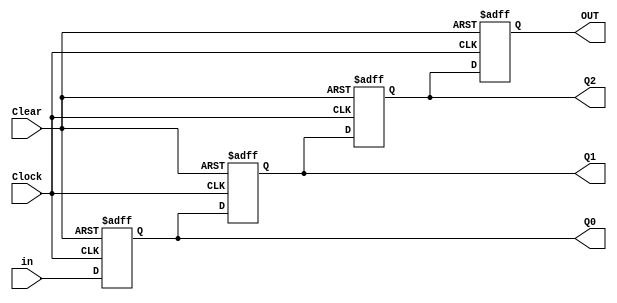
// Copyright (C) 2018  Intel Corporation. All rights reserved.
// Your use of Intel Corporation's design tools, logic functions 
// and other software and tools, and its AMPP partner logic 
// functions, and any output files from any of the foregoing 
// (including device programming or simulation files), and any 
// associated documentation or information are expressly subject 
// to the terms and conditions of the Intel Program License 
// Subscription Agreement, the Intel Quartus Prime License Agreement,
// the Intel FPGA IP License Agreement, or other applicable license
// agreement, including, without limitation, that your use is for
// the sole purpose of programming logic devices manufactured by
// Intel and sold by Intel or its authorized distributors.  Please
// refer to the applicable agreement for further details.

// PROGRAM		"Quartus Prime"
// VERSION		"Version 18.1.0 Build 625 09/12/2018 SJ Standard Edition"
// CREATED		"Thu Jul 02 15:45:13 2020"

module Question1(
	Clock,
	Clear,
	in,
	OUT,
	Q0,
	Q1,
	Q2
);


input wire	Clock;
input wire	Clear;
input wire	in;
output reg	OUT;
output wire	Q0;
output wire	Q1;
output wire	Q2;

reg	DFF_inst;
reg	DFF_cgf;
reg	DFF_inst14;

assign	Q0 = DFF_inst;
assign	Q1 = DFF_cgf;
assign	Q2 = DFF_inst14;




always@(posedge Clock or negedge Clear)
begin
if (!Clear)
	begin
	DFF_cgf <= 0;
	end
else
	begin
	DFF_cgf <= DFF_inst;
	end
end


always@(posedge Clock or negedge Clear)
begin
if (!Clear)
	begin
	DFF_inst <= 0;
	end
else
	begin
	DFF_inst <= in;
	end
end


always@(posedge Clock or negedge Clear)
begin
if (!Clear)
	begin
	DFF_inst14 <= 0;
	end
else
	begin
	DFF_inst14 <= DFF_cgf;
	end
end


always@(posedge Clock or negedge Clear)
begin
if (!Clear)
	begin
	OUT <= 0;
	end
else
	begin
	OUT <= DFF_inst14;
	end
end


endmodule